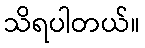
သိရပါတယ်။